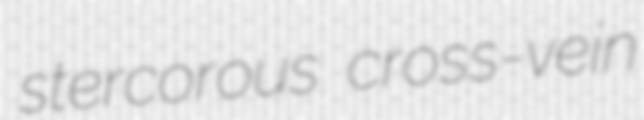
stercorous cross-vein